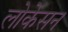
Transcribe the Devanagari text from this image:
लोकेसन